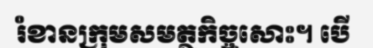
រំខានក្រុមសមត្ថកិច្ចសោះ។ បើ